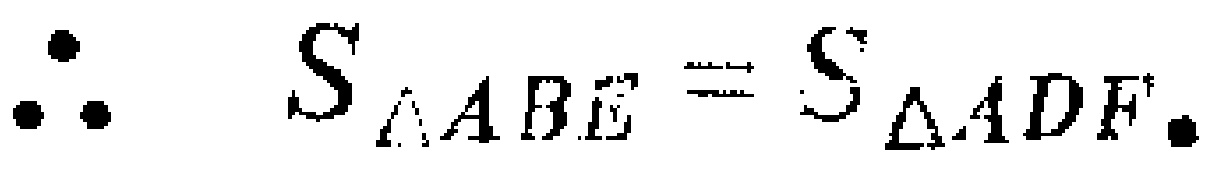
\(\therefore S_{\triangle ABE}=S_{\triangle ADF}.\)